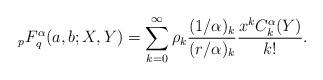
LaTeX: \begin{align*} \,_pF_q^\alpha (a,b; X, Y) = \sum_{k=0}^\infty \rho_k \frac{(1/\alpha)_k}{(r/\alpha)_k} \frac{x^k C_k^\alpha(Y)}{k!}.\end{align*}